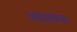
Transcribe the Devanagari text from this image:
मनवाना